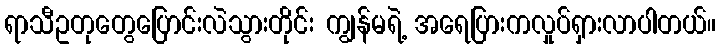
ရာသီဥတုတွေပြောင်းလဲသွားတိုင်း ကျွန်မရဲ့ အရေပြားကလှုပ်ရှားလာပါတယ်။